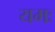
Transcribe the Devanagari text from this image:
यमः